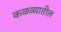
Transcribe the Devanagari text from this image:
कळव्यातील